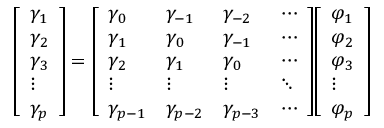
{ \left[ \begin{array} { l } { \gamma _ { 1 } } \\ { \gamma _ { 2 } } \\ { \gamma _ { 3 } } \\ { \vdots } \\ { \gamma _ { p } } \end{array} \right] } = { \left[ \begin{array} { l l l l } { \gamma _ { 0 } } & { \gamma _ { - 1 } } & { \gamma _ { - 2 } } & { \cdots } \\ { \gamma _ { 1 } } & { \gamma _ { 0 } } & { \gamma _ { - 1 } } & { \cdots } \\ { \gamma _ { 2 } } & { \gamma _ { 1 } } & { \gamma _ { 0 } } & { \cdots } \\ { \vdots } & { \vdots } & { \vdots } & { \ddots } \\ { \gamma _ { p - 1 } } & { \gamma _ { p - 2 } } & { \gamma _ { p - 3 } } & { \cdots } \end{array} \right] } { \left[ \begin{array} { l } { \varphi _ { 1 } } \\ { \varphi _ { 2 } } \\ { \varphi _ { 3 } } \\ { \vdots } \\ { \varphi _ { p } } \end{array} \right] }